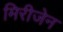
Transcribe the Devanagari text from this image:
मिरीजेन